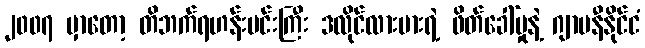
၂၀၀၇ မှာတော့ တိဘက်ရဟန်းမင်းကြီး ဒလိုင်လားမားရဲ့ ဖိတ်ခေါ်မှုနဲ့ ဂျာမနီနိုင်ငံ